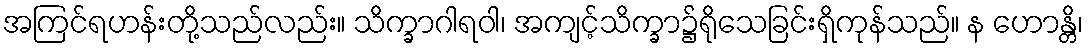
အကြင်ရဟန်းတို့သည်လည်း။ သိက္ခာဂါရဝါ၊ အကျင့်သိက္ခာ၌ရိုသေခြင်းရှိကုန်သည်။ န ဟောန္တိ၊